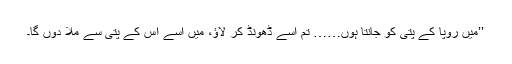
’’میں رُوپا کے پتی کو جانتا ہوں…… تم اسے ڈھونڈ کر لاؤ، میں اُسے اس کے پتی سے ملا دوں گا۔